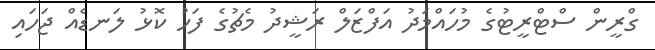
ގްރީން ސްޓްރީޓުގެ މުހައްމަދު އަފްޒަލް ރަޝީދު މެޗުގެ ފަހު ކޮޅު ލަނޑެއް ޖަހައި